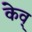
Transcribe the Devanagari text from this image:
केव्‌